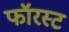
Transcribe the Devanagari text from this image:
फॉरस्ट